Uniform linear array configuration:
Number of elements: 8
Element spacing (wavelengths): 0.75
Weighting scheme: binomial
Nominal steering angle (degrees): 15
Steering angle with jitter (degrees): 15.195
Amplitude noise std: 0.05
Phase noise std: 0.05

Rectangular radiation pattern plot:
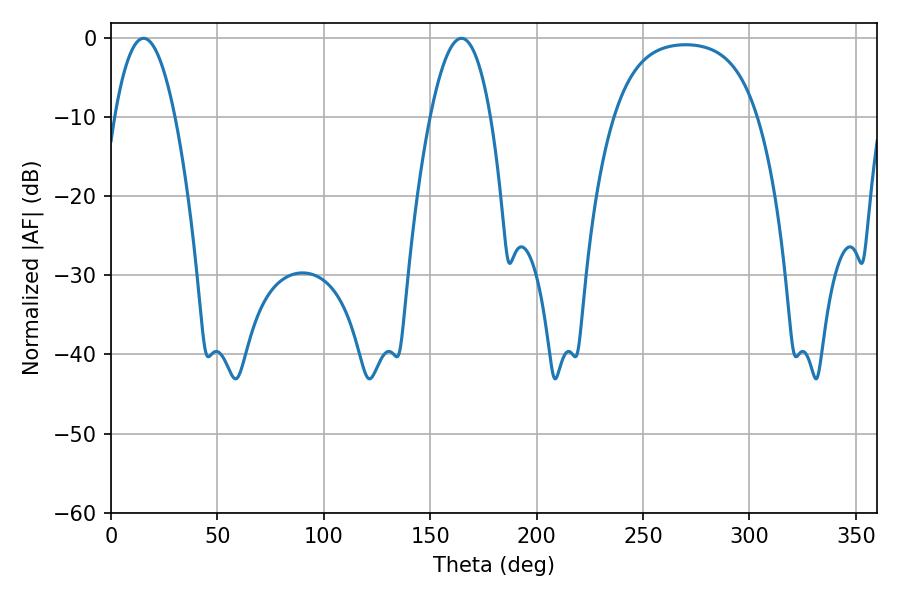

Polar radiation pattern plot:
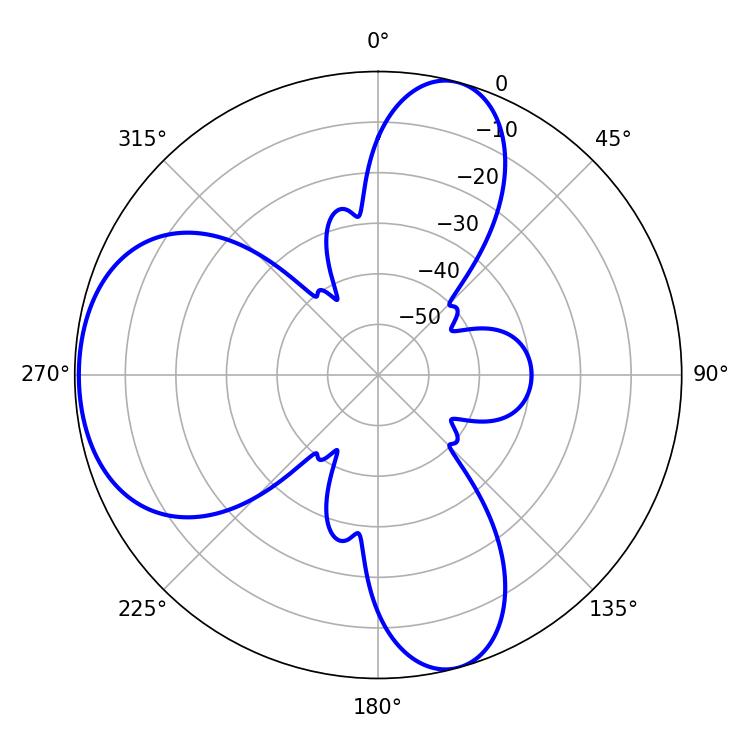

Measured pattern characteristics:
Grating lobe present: TRUE
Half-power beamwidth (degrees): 15.48
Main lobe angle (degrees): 15.3